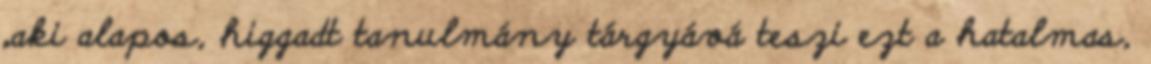
„aki alapos, higgadt tanulmány tárgyává teszi ezt a hatalmas,